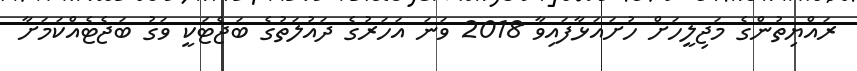
ރައްޔިތުންގެ މަޖިލީހަށް ހުށައަޅާފައިވާ 2018 ވަނަ އަހަރުގެ ދައުލަތުގެ ބަޖެޓަކީ ވަގު ބަޖެޓެއްކަމަށާ